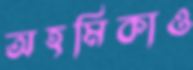
অহমিকাও